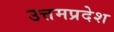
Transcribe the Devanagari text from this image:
उत्तमप्रदेश